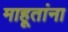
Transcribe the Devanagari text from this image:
माहूतांना